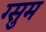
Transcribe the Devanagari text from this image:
ग्सुम